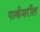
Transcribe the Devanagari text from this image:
पार्कवरील